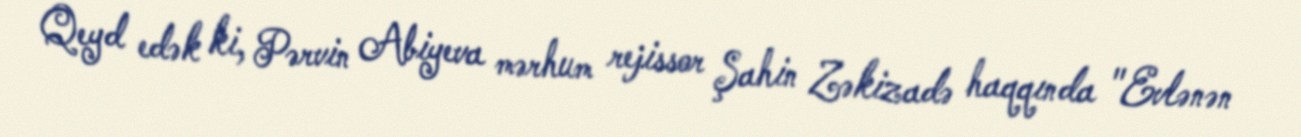
Qeyd edək ki, Pərvin Abiyeva mərhum rejissor Şahin Zəkizadə haqqında "Evlənən